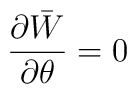
\frac{ \partial \bar{W} }{\partial \theta } = 0